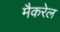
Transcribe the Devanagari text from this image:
मैकरेल